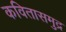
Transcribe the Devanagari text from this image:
कवितासमुद्र